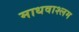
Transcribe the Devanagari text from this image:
माधवाश्लम